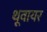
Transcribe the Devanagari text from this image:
थूवायर